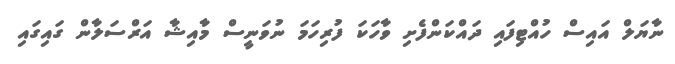
ނާޔަލް އައިސް ހުއްޓިފައި ދައްކަންފެށި ވާހަކަ ފުރިހަމަ ނުވަނީސް މާއިޝާ އަރްސަލާން ގައިގައި